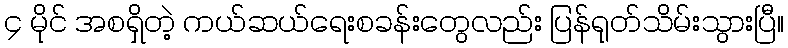
၄ မိုင် အစရှိတဲ့ ကယ်ဆယ်ရေးစခန်းတွေလည်း ပြန်ရုတ်သိမ်းသွားပြီ။